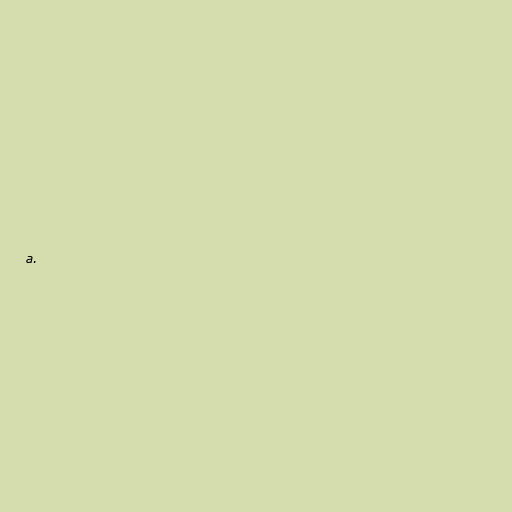
a.